Vaccination in Bombay 1874-1876 - 1874-1876
Year: 1874
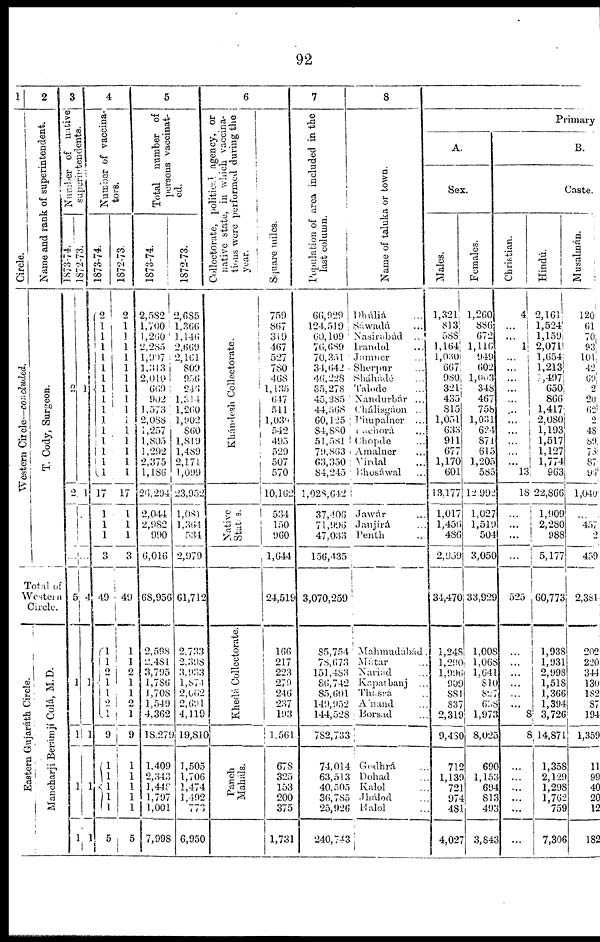
92
1
Circle.
Western Circle—concluded.
2
Name and rank of superintendent.
T. Cody, Surgeon.
Total of
Western
Circle.
Eastern Gujarath Circle.
Mancharji Beramjì Colá, M.D.
3
Number of native
superintendents.
1873-74.
2
2
...
5
1
1
1
1
1872-73.
1
1
...
4
1
1
1
1
4
Number of vaccina-
tors.
1873-74.
2
1
1
1
1
1
1
1
1
1
1
1
1
1
1
1
17
1
1
1
3
49
1
1
2
1
1
2
1
9
1
1
1
1
1
5
1872-73.
2
1
1
1
1
1
1
1
1
1
1
1
1
1
1
1
17
1
1
1
3
49
1
1
2
1
1
2
1
9
1
1
1
1
1
5
5
Total number of
persons vaccinat-
ed.
1873-74.
2,582
1,700
l,260
2,285
1,997
1,313
2,010
669
902
1,573
2,088
1,257
1,805
1,292
2,375
1,186
26,294
2,044
2,982
990
6,016
68,956
2,598
2,481
3,795
1,786
1,708
1,549
4,362
18,279
1,409
2,343
1,448
1,797
1,001
7,998
1872-73.
2,685
1,366
1,146
2,669
2,161
809
956
246
1,314
1,260
1,902
860
1,819
1,489
2,171
1,099
23,952
1,081
1,364
534
2,979
61,712
2,733
2,398
3,933
l,874
2,062
2,691
4,119
19,810
1,505
1,706
1,474
1,492
773
6,950
6
Collectorate, political agency, or
native state, in which vaccina-
tions were performed during the
year.
Khándesh Collectorate.
Native
Stats.
Khedá Collectorate.
Panch
Maháls
Square miles.
759
807
310
467
527
780
468
1,135
647
511
1,039
542
495
529
507
570
10,162
534
150
960
1,644
24,519
166
217
223
279
246
237
193
1,561
678
325
153
200
375
1,731
7
Population of area included in the
last column.
66,929
124,519
60,109
76,689
70,351
34,642
40,228
35,278
45,285
44,568
60,125
84,880
51,581
79,863
63,350
84,245
1,028,642
37,406
71,996
47,033
156,435
3,070,259
85,754
78,673
151,483
86,742
85,601
149,952
144,528
782,733
74,014
63,513
40,505
36,785
25,926
240,743
8
Name of taluka or town.
Dhulia ...
Sawada ...
Nasirabad
...
Irandol
...
Jamner ...
Sherpur ...
Sháhade ...
Talode ...
Nandurbar
...
Chálisgaon ...
Pimpalner
...
Pachora ...
Chopde ...
Amalner ...
Virdal ...
Bhosáwal ...
Jawár ...
Janjírá ...
Penth ...
Mahmudábád.
Mátar ...
Nariad ...
Kapatbanj ...
Thasra ...
A nand ...
Borsad ...
Godhrá ...
Dohad ...
Kalol ...
Jhalod ...
Halol ...
Primary
A.
Sex.
Males.
1,321
813
588
1,164
1,030
667
980
321
435
815
1,051
633
911
677
1,170
601
13,177
1,017
1,456
486
2,950
34,470
l,248
l,290
l,996
909
881
837
2,319
9,430
712
1,139
721
974
481
4,027
Females.
1,260
886
672
l,116
949
602
1,003
348
467
758
1,031
624
871
615
1,205
585
12,992
1,027
1,519
504
3,050
33,929
1,008
1,068
1,641
810
827
608
1,973
8,025
690
1,153
694
813
493
3,843
B.
Caste.
Christian.
4
...
...
l
...
...
...
...
...
...
...
...
...
...
...
13
18
...
...
...
...
525
...
...
...
...
...
...
8
8
...
...
...
...
...
...
Hindu.
2,161
1,524
1,159
2,071
1,654
1,213
1,497
650
866
1,417
2,080
1,193
1,517
1,127
1,774
963
22,866
1,909
2,280
988
5,177
60,773
1,938
1,931
2,998
1,518
1,366
1,394
3,726
14,871
1,358
2,129
1,298
1,762
759
7,306
Musalman.
120
61
70
93
101
42
69
2
20
62
2
48
89
78
87
96
1,040
...
457
2
459
2,381
202
220
344
130
182
87
194
1,359
11
99
40
20
12
182